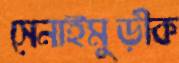
সেনাইমুড়ীক